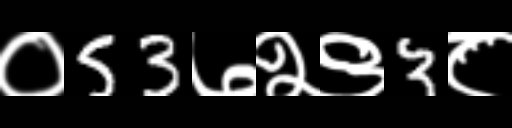
Text: ०53७२९3८